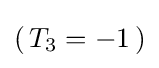
(\,T_{3}=-1\,)